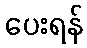
ပေးရန်